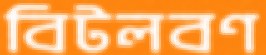
বিটলবণ